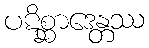
ပဋိစ္ဆာဒေန္တဿ